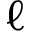
\ell